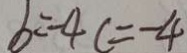
b = - 4 c = - 4